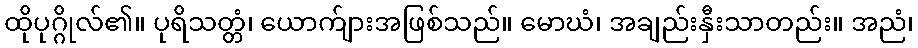
ထိုပုဂ္ဂိုလ်၏။ ပုရိသတ္တံ၊ ယောက်ျားအဖြစ်သည်။ မောဃံ၊ အချည်းနှီးသာတည်း။ အညံ၊